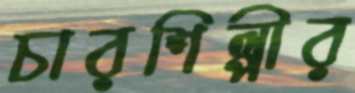
চারশিল্পীর